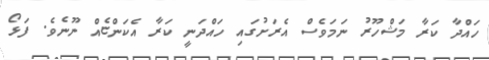
ހައްދާ ކަރާ މަޝްހޫރު ނަމަވެސް އެރަށުގައި ހައްދަނީ ކަރާ އެކަންޏެއް ނޫނެވެ. ފަޅޯ